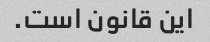
این قانون است.